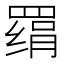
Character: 𰭔